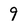
Character: 9